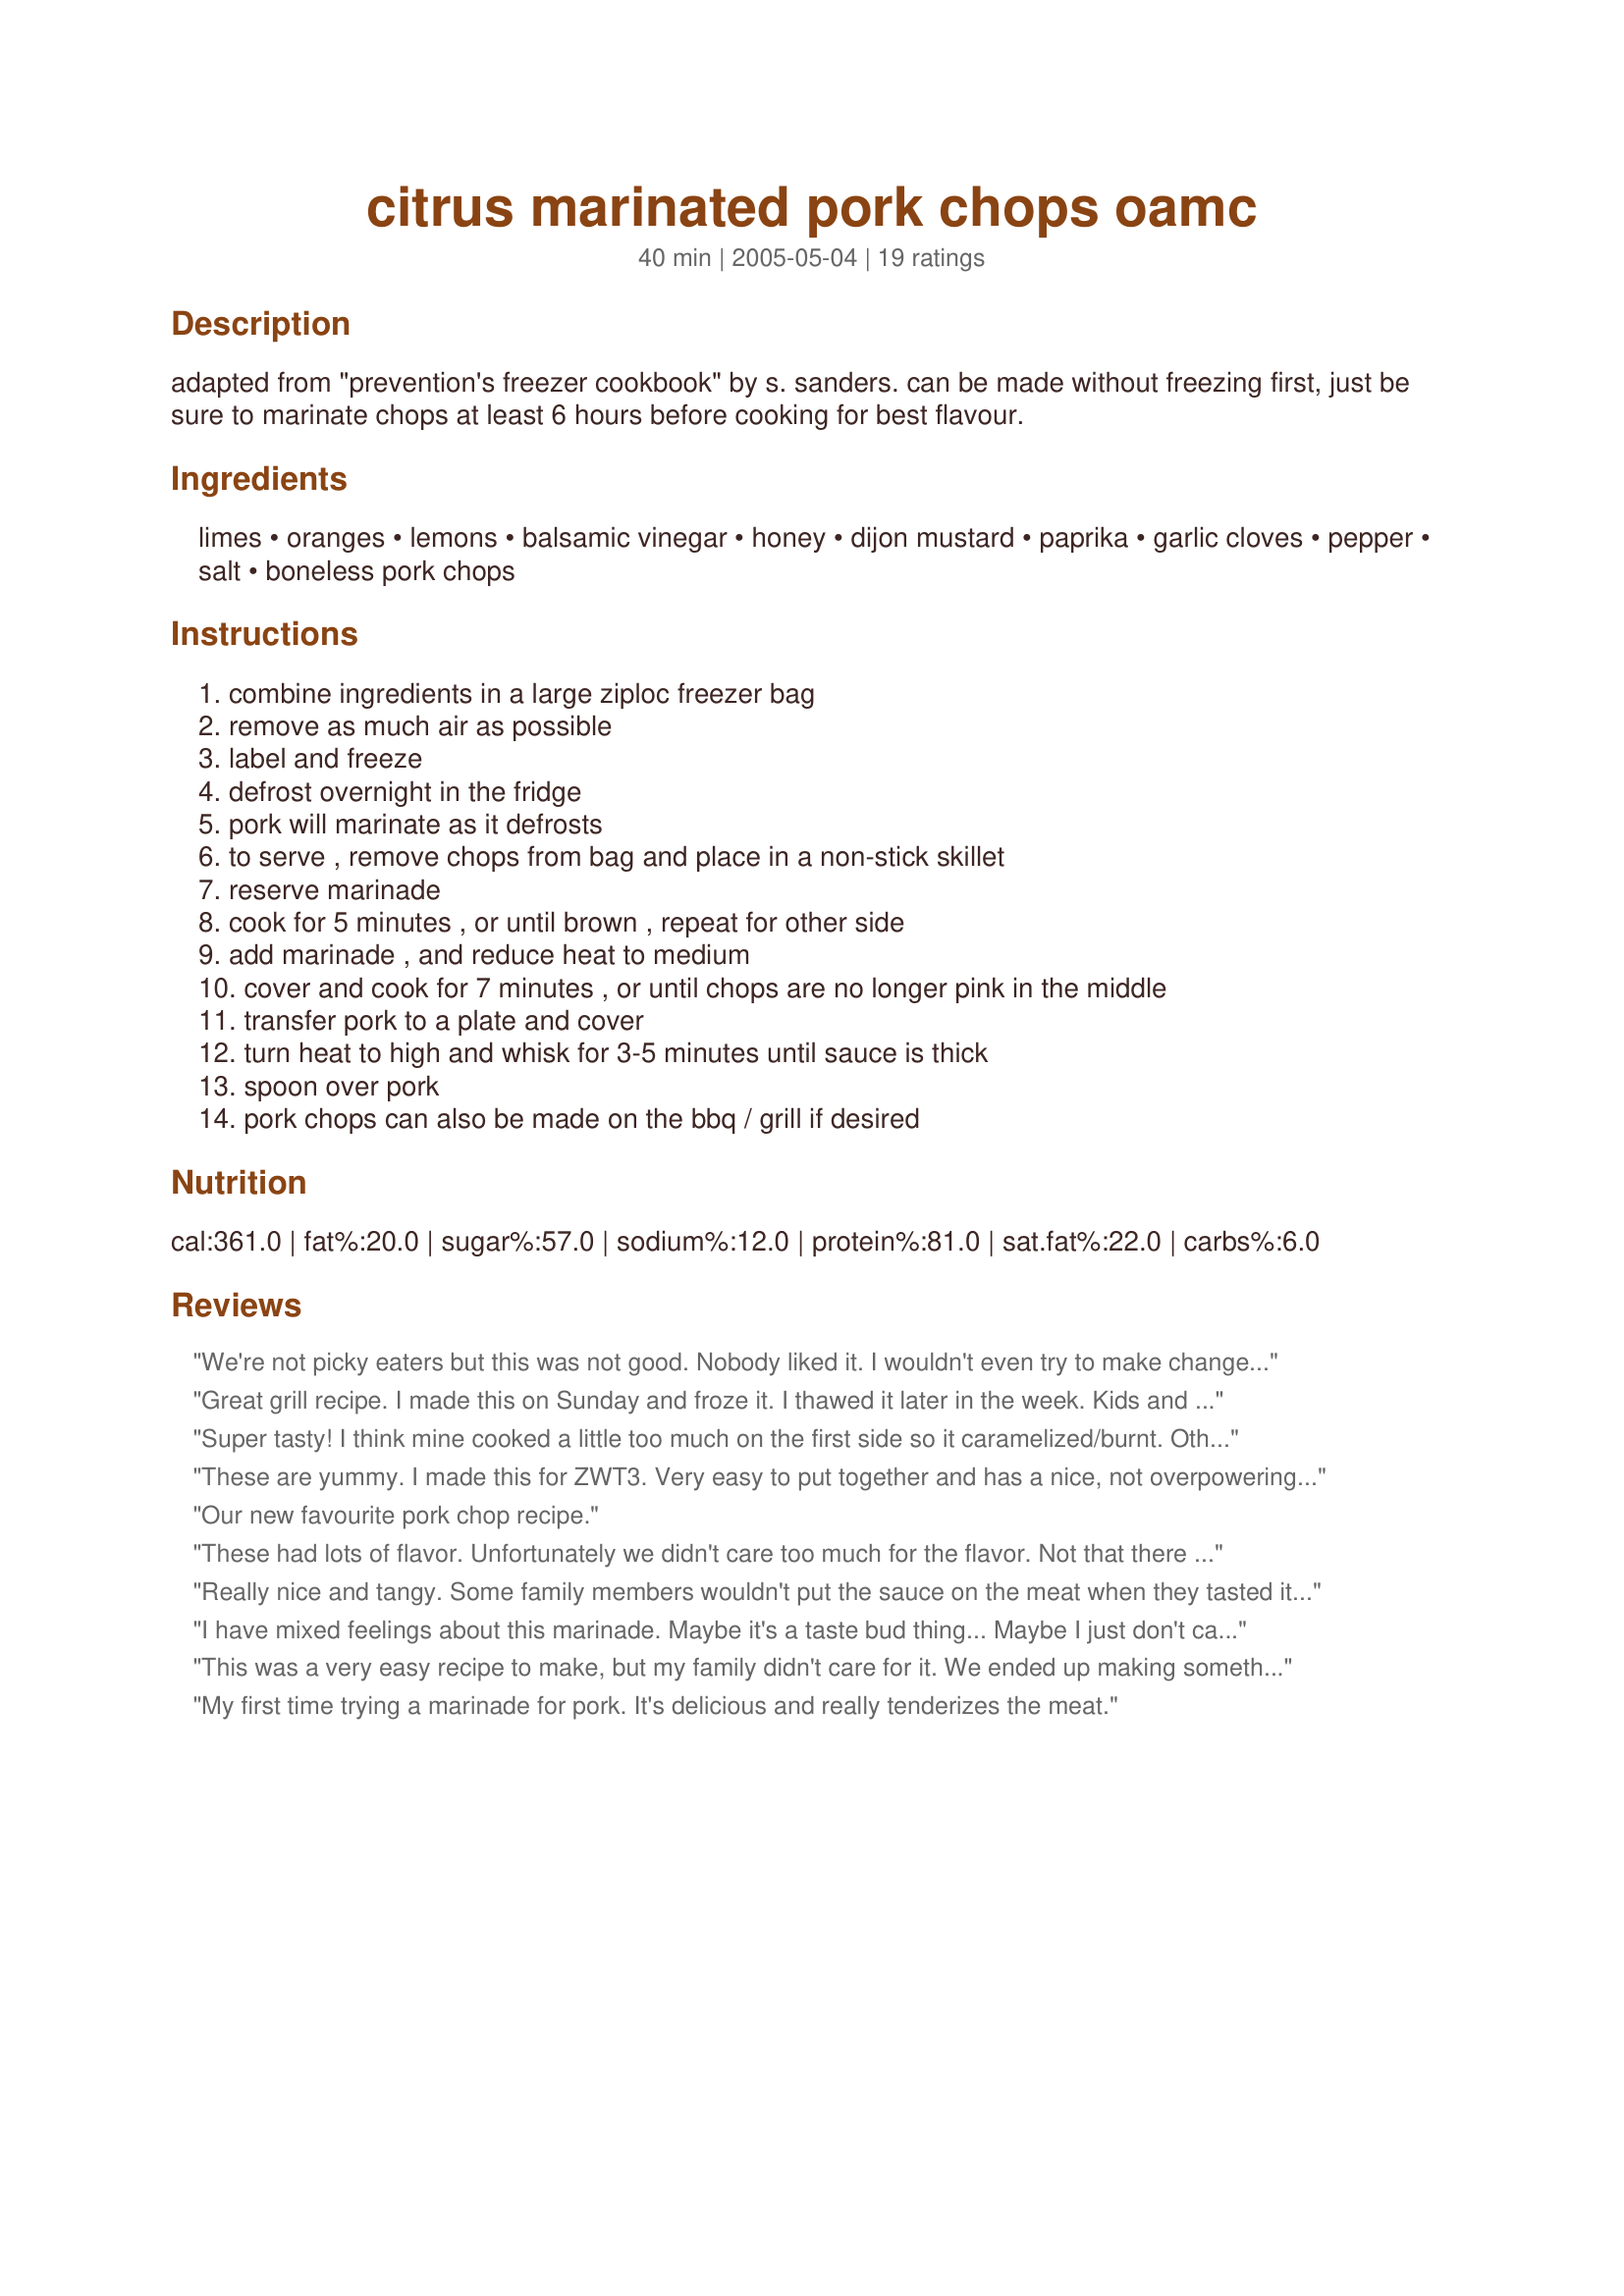
citrus marinated pork chops oamc
Preparation time: 40 minutes

adapted from "prevention's freezer cookbook" by s. sanders. can be made without freezing first, just be sure to marinate chops at least 6 hours before cooking for best flavour.

Ingredients:
limes, oranges, lemons, balsamic vinegar, honey, dijon mustard, paprika, garlic cloves, pepper, salt, boneless pork chops

Steps:
combine ingredients in a large ziploc freezer bag, remove as much air as possible, label and freeze, defrost overnight in the fridge, pork will marinate as it defrosts, to serve , remove chops from bag and place in a non-stick skillet, reserve marinade, cook for 5 minutes , or until brown , repeat for other side, add marinade , and reduce heat to medium, cover and cook for 7 minutes , or until chops are no longer pink in the middle, transfer pork to a plate and cover, turn heat to high and whisk for 3-5 minutes until sauce is thick, spoon over pork, pork chops can also be made on the bbq / grill if desired

Reviews:
We're not picky eaters but this was not good. Nobody liked it. I wouldn't even try to make changes to make it better, it just wasn't worth it.
Great grill recipe. I made this on Sunday and froze it. I thawed it later in the week.

Kids and adults liked it.
Super tasty! I think mine cooked a little too much on the first side so it caramelized/burnt. Other than that, super tasty (but it was a little citrus-y as others said).
These are yummy. I made this for ZWT3. Very easy to put together and has a nice, not overpowering citrus flavor. Thanks for sharing! I'll be making this one again. :)
Our new favourite pork chop recipe.
These had lots of flavor. Unfortunately we didn't care too much for the flavor. Not that there is anything wrong with the recipe, I think it was more of a personal preference thing. I used this as a dump by putting everything in a bag and freezing it. Thawed in fridge and then cooked as directed. Was fairly easy and quick. I'm sorry that we just didn't care for the citrus flavor. Others should def try this atleast once, if they like citrus-y meat. Thanks for the dinner last night.
Really nice and tangy. Some family members wouldn't put the sauce on the meat when they tasted it alone because they thought it was too tangy, but when eaten with the meat it is perfect. Made and ate the same day, however, will try the freezing ahead method next time.
I have mixed feelings about this marinade. Maybe it's a taste bud thing... Maybe I just don't care for citrus marinades... My husband loved it, while only 1/3 of my kids did... Different, though. A culinary adventure...
This was a very easy recipe to make, but my family didn't care for it. We ended up making something else for dinner. It was all citrus I couldn't taste anything but the citrus, which is something I normally love. I may try it again with a little tweaking and a different type of meat.
My first time trying a marinade for pork. It's delicious and really tenderizes the meat.
This marinade is fantastic. We followed the instructions on that exactly, but we ended up slow baking them instead of grilling them, which made them really juicy and tender Since we only used half of the pork chops your recipe calls for, we thickened up the rest of the marinade with some cornstarch and used it as a citrus-y gravy, and it was absolutely delicious. We both really enjoyed it, and plan on using this recipe again. Thanks!
This was very good and different. Next time I'll try grilling the meat. It did take a while to juice all of the citrus (we tripled the recipe), but it was worth it. Great flavor.
Terrific! I loved the marinade...as did my kids and husband. If you don't like a strong citrus taste then I would reduce the amount of lime and lemon you use.
These are very tasty, especially when grilled. The sauce is delicious and more substantial than you would expect, since it is so healthy & low fat! My 7 yo son loved helping squeeze the citrus and he proudly claimed his contribution each time we took a batch out of the freezer. Thanks for a great recipe. It's definitely a keeper!
I followed this recipe exactly and did the OAMC freezing right away. This recipe was just ok. I left the sauce on the side and boy was I glad I did. The citrus was all I could taste with the sauce, but the pork itself was ok. The 1 package left in the freezer will be enough for us. I wont be making this again.
Excellent! I used this as a "dump" recipe. They came out flavorful, tender and juicy!
Quick, easy and tasty. Another winning marinade that's perfect for beginner OAMCers. Also check out Pamela's other citrus marinade for chicken.
This was fabulous!! I loved the citrus/vinegar taste to it. I served it with brown rice with mushrooms and onion. Big hit at the house.
This ended up having a jerk flavor and was delicious. My DH says this one is a keeper!
